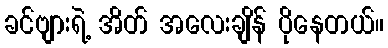
ခင်ဗျားရဲ့ အိတ် အလေးချိန် ပိုနေတယ်။